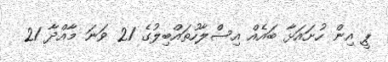
ޕީ އިން ހުށައަޅާ ބައެއް އިސްލާހުތައްބިލުގެ 21 ވަނަ މާއްދާ 21